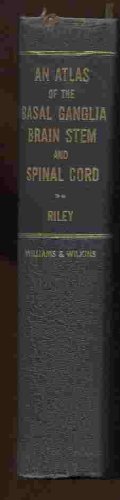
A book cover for Atlas of the Basal Ganglia, Brain Stem and Spinal Cord Based on Myelin-stained Material; Henry Alsop Riley; Health, Fitness & Dieting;